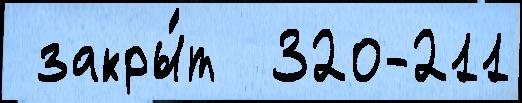
 закры́т  320-211